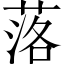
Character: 落